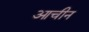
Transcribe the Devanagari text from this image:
आचीन